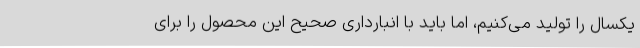
یکسال را تولید می‌کنیم، اما باید با انبارداری صحیح این محصول را برای